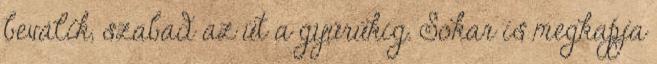
beválik, szabad az út a gyűrűkig. Sokar is megkapja